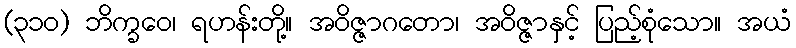
(၃၁၀) ဘိက္ခဝေ၊ ရဟန်းတို့။ အဝိဇ္ဇာဂတော၊ အဝိဇ္ဇာနှင့် ပြည့်စုံသော။ အယံ